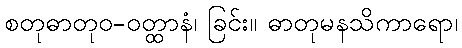
စတုဓာတုဝ-ဝတ္ထာနံ၊ ခြင်း။ ဓာတုမနသိကာရော၊